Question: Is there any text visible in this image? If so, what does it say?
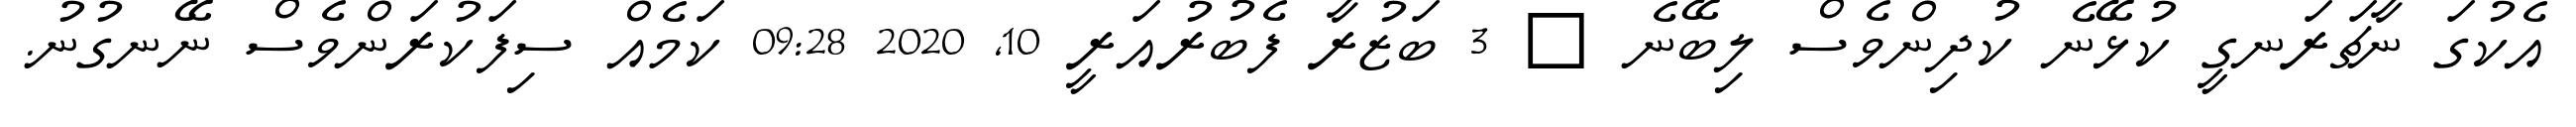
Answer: އެކުގަ ނާޗަރަނގީ ކުޅޭނެ ކުދިންވެސް ލިބޭނެ ? 3 ބަޒުރާ ފެބުރުއަރީ 10, 2020 09:28 ކަމެއް ސިފަކުރަންވެސް ނޭނގުނު.